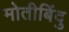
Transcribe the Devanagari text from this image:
मोतीबिंदु